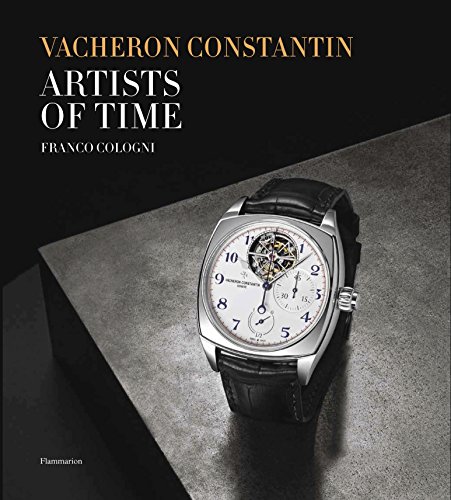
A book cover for Vacheron Constantin: The Artists of Time; Franco Cologni; Crafts, Hobbies & Home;